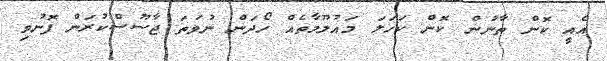
އެއީ ކޮން ތާނުން ކޮން ކަހަލަ މައުލޫމާތެއް ހޯދަން ނުވަތަ ޖާސޫސްކުރަން ފޮނުވި